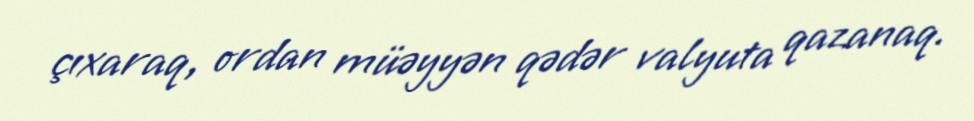
çıxaraq, ordan müəyyən qədər valyuta qazanaq.